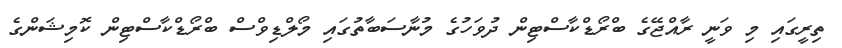
ތިރީގައި މި ވަނީ ރާއްޖޭގެ ބްރޯޑްކާސްޓިން ދުވަހުގެ މުނާސަބާތުގައި މޯލްޑިވްސް ބްރޯޑްކާސްޓިން ކޮމިޝަންގެ